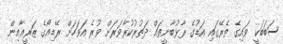
ސަބަބަކީ ވައިގެ ތެރޭގައި އަޑުގެ ރާޅުބާނީތައް ދަތުރުކުރާވަރަށް ވުރެ އަވަހަށް ރޭޑިއޯގެ ޒަރީޢާއިން